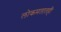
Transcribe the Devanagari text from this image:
लोकमतातही